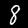
Label: 8